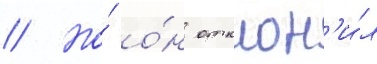
// Но́ о́н отклон'и́л